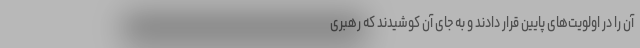
آن را در اولویت‌های پایین قرار دادند و به جای آن کوشیدند که رهبری